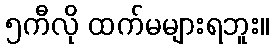
၅ကီလို ထက်မများရဘူး။